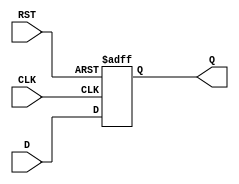
module FlipFlopRegister #(
    parameter N = 8  // Parameter to define the width of the register (default is 8 bits)
)(
    input  wire [N-1:0] D,    // Data input
    input  wire CLK,           // Clock input
    input  wire RST,           // Asynchronous reset input
    output reg  [N-1:0] Q      // Data output
);

    // Asynchronous reset and synchronous data capture
    always @(posedge CLK or posedge RST) begin
        if (RST) begin
            Q <= {N{1'b0}};  // Reset all bits to 0
        end else begin
            Q <= D;          // Capture data on rising edge of CLK
        end
    end

endmodule